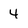
Character: 4